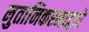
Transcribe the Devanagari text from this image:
नुतानिकरनाद्वारे